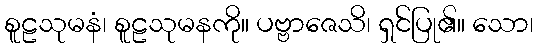
စူဠသုမနံ၊ စူဠသုမနကို။ ပဗ္ဗာဇေသိ၊ ရှင်ပြု၏။ သော၊